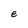
Character: e